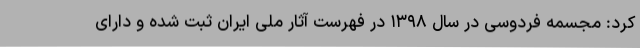
کرد:‌ مجسمه فردوسی در سال ۱۳۹۸ در فهرست آثار ملی ایران ثبت شده و دارای